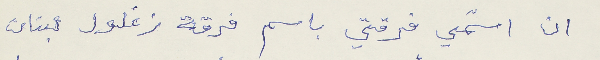
ان اسمّي فرقتي باسم فرقة زغلول لبنان